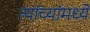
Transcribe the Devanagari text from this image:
त्यांच्यांमध्ये